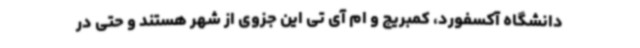
دانشگاه آکسفورد، کمبریج و ام آی تی این جزوی از شهر هستند و حتی در